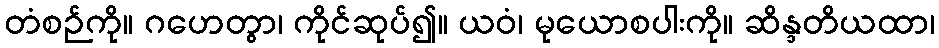
တံစဉ်ကို။ ဂဟေတွာ၊ ကိုင်ဆုပ်၍။ ယဝံ၊ မုယောစပါးကို။ ဆိန္ဒတိယထာ၊